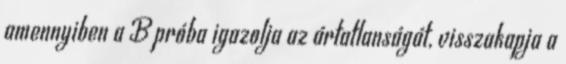
amennyiben a B próba igazolja az ártatlanságát, visszakapja a